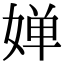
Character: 婵